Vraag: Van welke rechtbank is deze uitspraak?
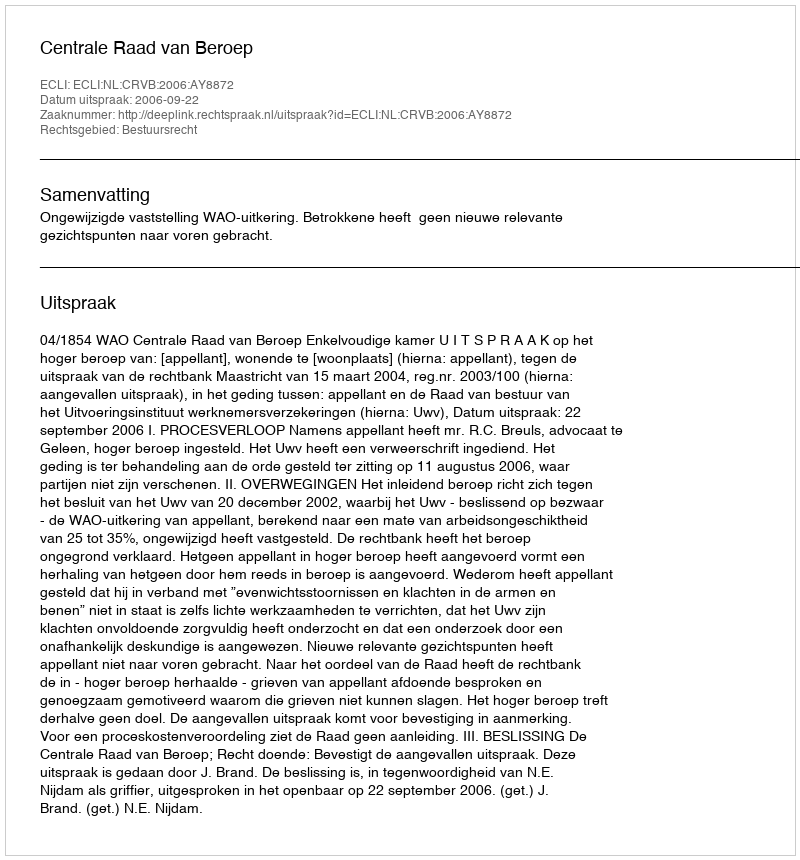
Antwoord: Centrale Raad van Beroep